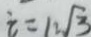
i = 1 2 \sqrt { 3 }